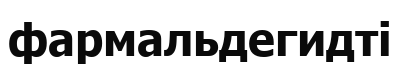
фармальдегидті